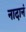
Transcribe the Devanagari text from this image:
नादानं